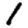
Digit: 1